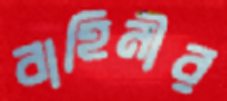
বাহিনীর